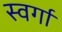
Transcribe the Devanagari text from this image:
स्वर्गा